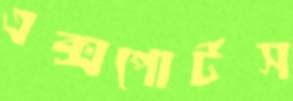
এক্সপোর্টস